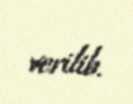
verilib.